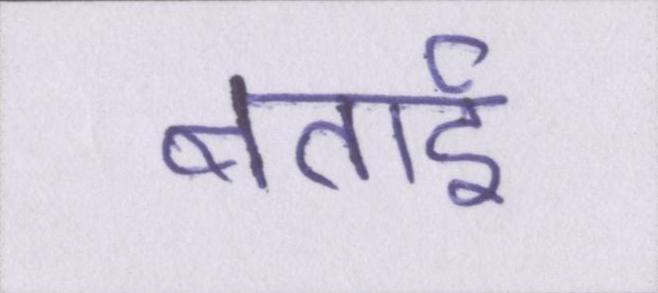
बताई